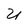
Character: U